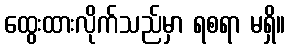
ထွေးထားလိုက်သည်မှာ ရစရာ မရှိ။